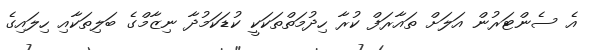
އެ ސެންޓަރުން އަލަށް ތައާރަފް ކުރާ ހިދުމަތްތަކަކީ ކުޑަކަމުދާ ނިޒާމްގެ ބަލިތަކާއި ހިލައިގެ